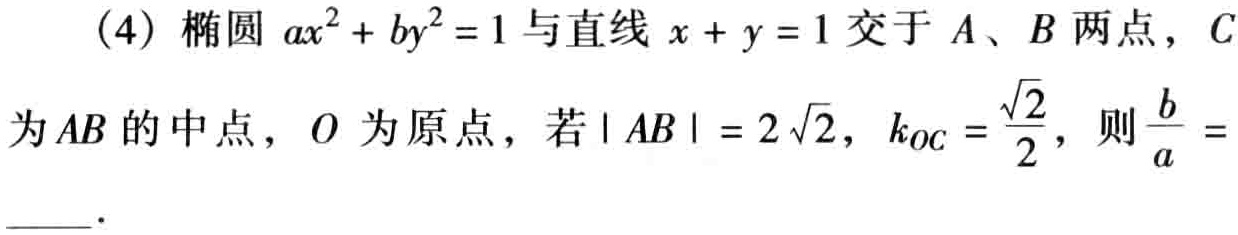
(4) 椭圆 \(ax^{2}+by^{2}=1\) 与直线 \(x + y = 1\) 交于 \(A\)、\(B\) 两点，\(C\)为 \(AB\) 的中点，\(O\) 为原点，若 \(|AB| = 2\sqrt{2}\)，\(k_{OC}=\frac{\sqrt{2}}{2}\)，则 \(\frac{b}{a}=\)  ．